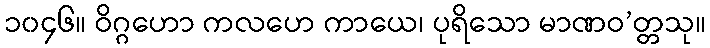
၁၀၄၆။ ဝိဂ္ဂဟော ကလဟေ ကာယေ၊ ပုရိသော မာဏဝ’တ္တသု။